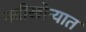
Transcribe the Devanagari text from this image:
नदीखोर्‍यात